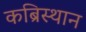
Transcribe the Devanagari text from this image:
कब्रिस्थान